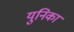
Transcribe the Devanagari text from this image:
युनिका